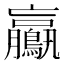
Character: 鸁